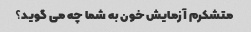
متشکرم آزمایش خون به شما چه می گوید؟